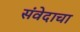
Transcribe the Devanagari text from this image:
संवेदाचा